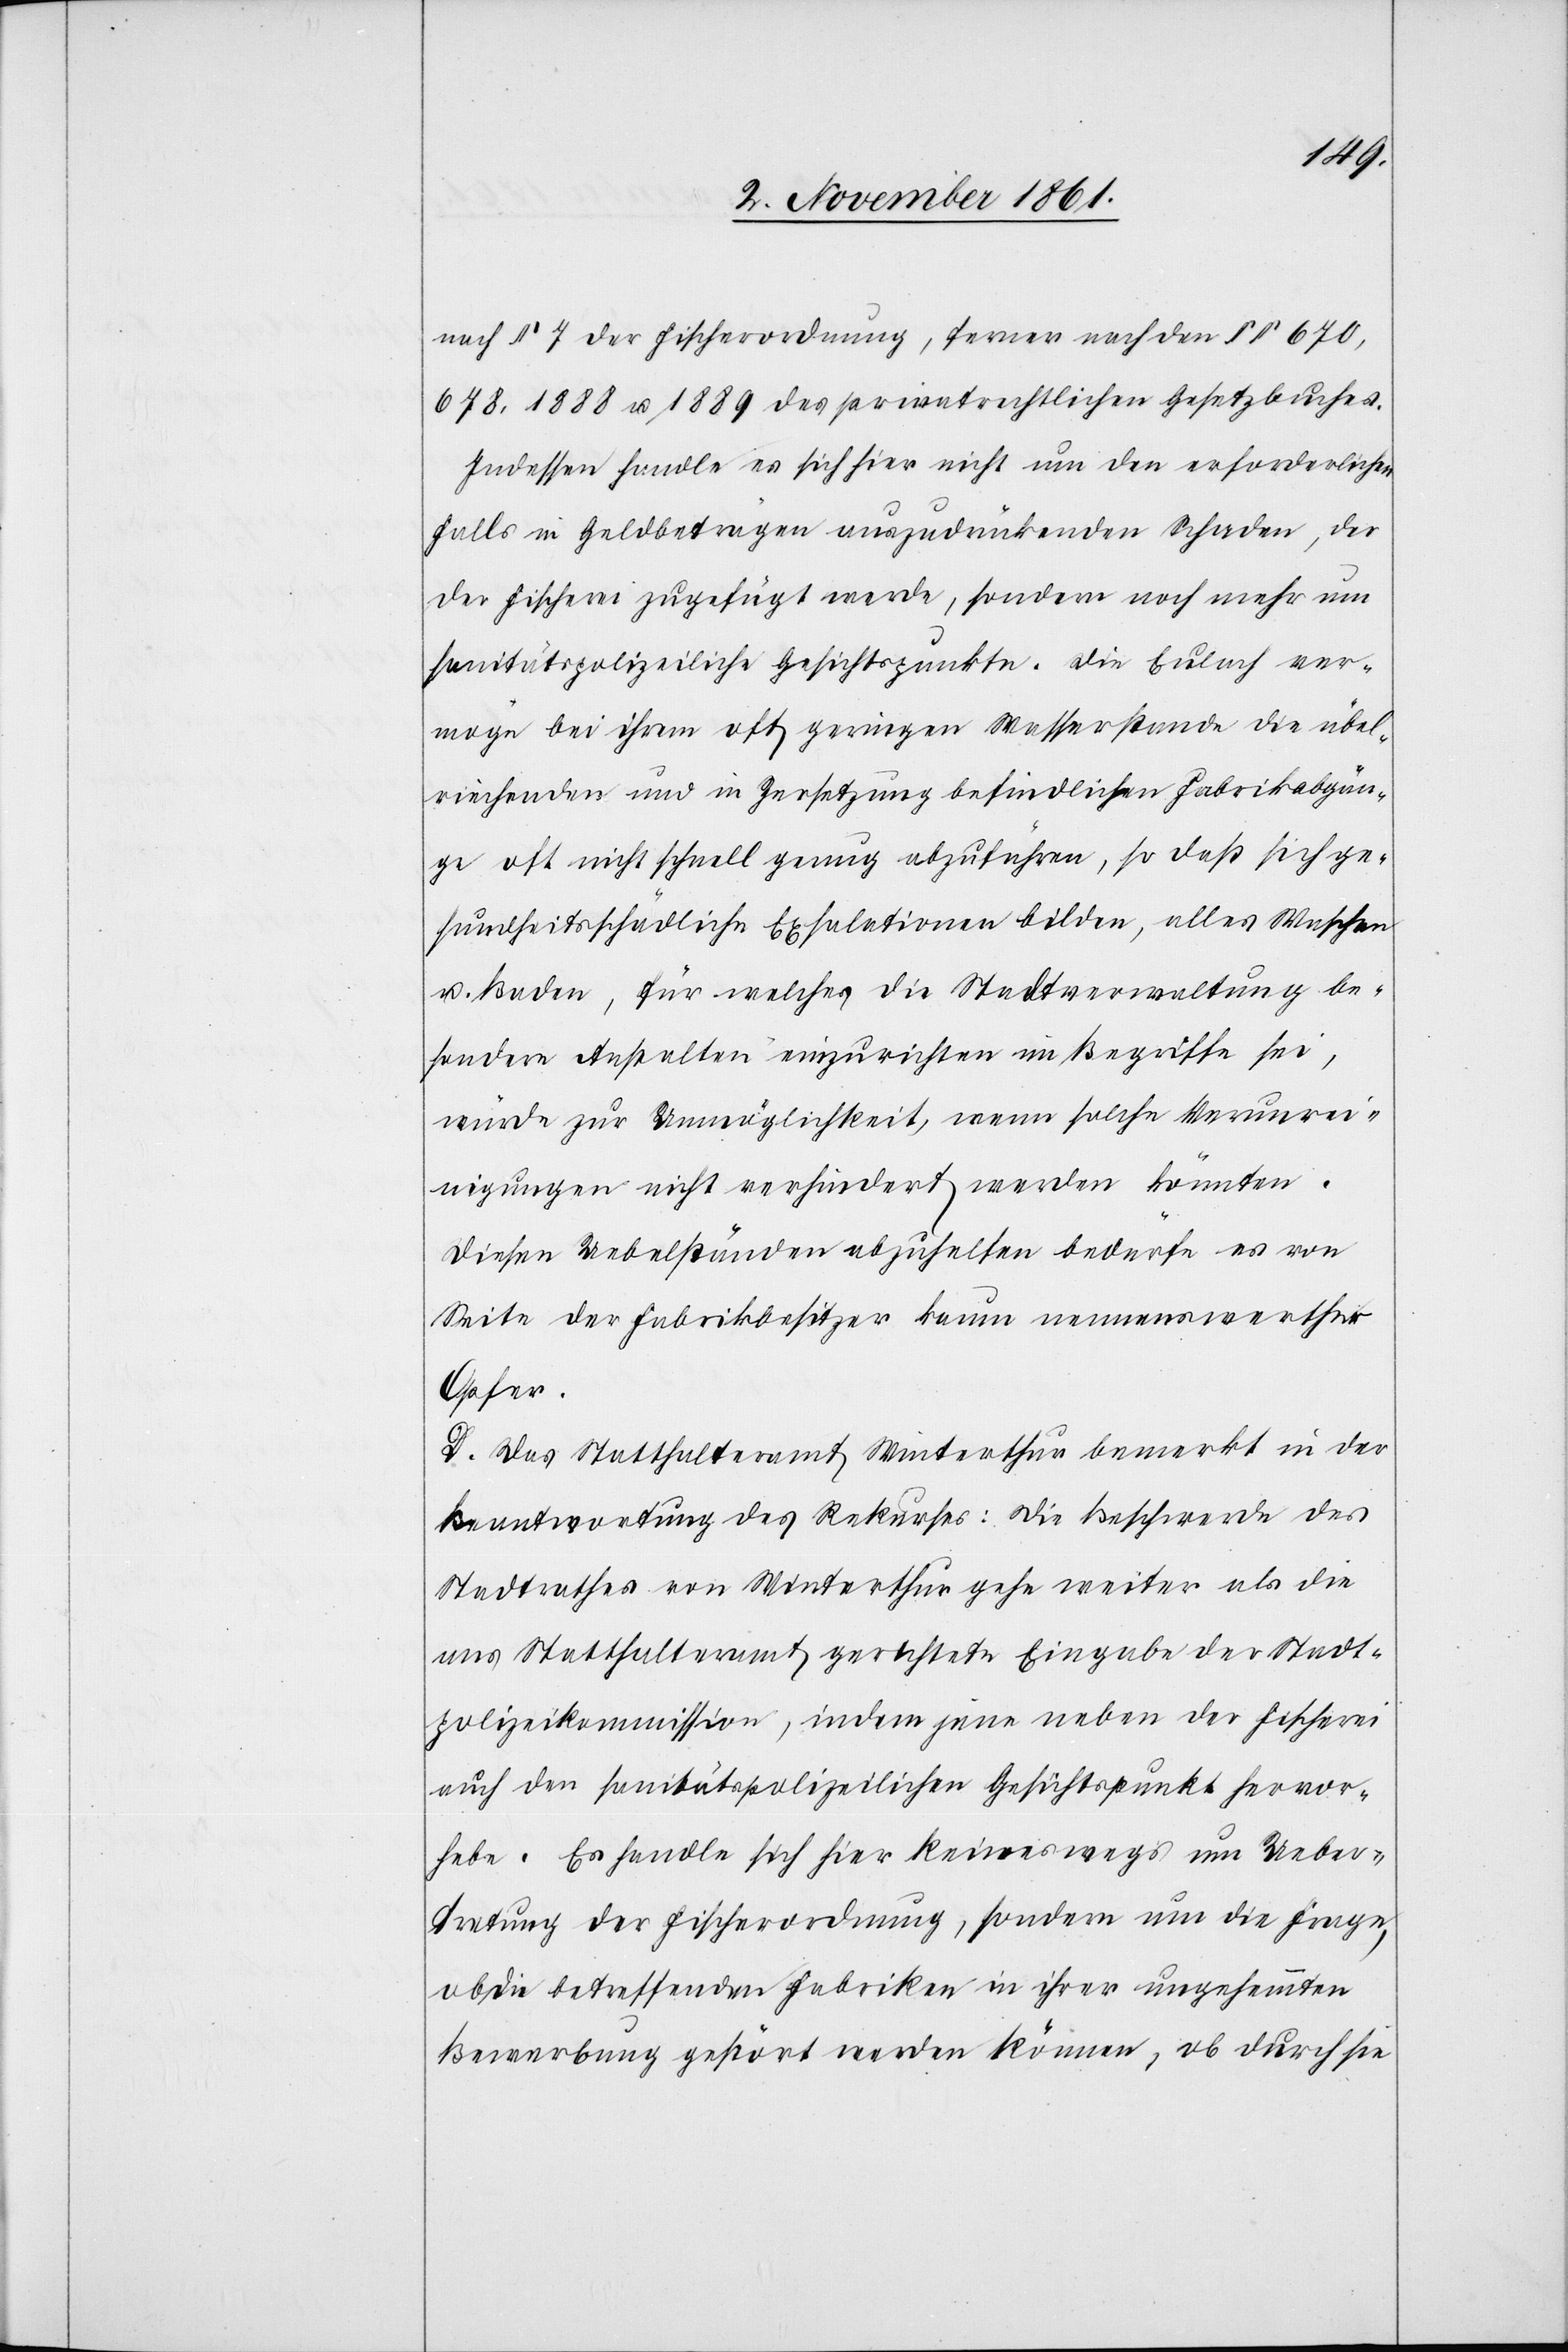
nach § 7 der Fischerordnung, ferner nach den §§ 670,
678, 1888 u. 1889 des privatrechtlichen Gesetzbuches.
Indessen handle es sich hier nicht um den erforderlichen¬
falls in Geldbeträgen auszudrückenden Schaden, der
der Fischerei zugefügt werde, sondern noch mehr um
sanitätspolizeiliche Gesichtspunkte. Die Eulach ver¬
möge bei ihrem oft geringen Wasserstande die übel¬
riechenden und in Zersetzung befindlichen Fabrikabgän¬
ge oft nicht schnell genug abzuführen, so daß sich ge¬
sundheitsschädliche Exhalationen bilden, alles Waschen
u. Baden, für welches die Stadtverwaltung be¬
sondere Anstalten einzurichten im Begriffe sei,
würde zur Unmöglichkeit, wenn solche Verunrei¬
nigungen nicht verhindert werden könnten.
Diesen Uebelständen abzuhelfen bedürfe es von
Seite der Fabrikbesitzer kaum nennenswerther
Opfer.
D. Das Statthalteramt Winterthur bemerkt in der
Beantwortung des Rekurses: Die Beschwerde des
Stadtrathes von Winterthur gehe weiter als die
ans Statthalteramt gerichtete Eingabe der Stadt¬
polizeikommission, indem jene neben der Fischerei
auch den sanitätspolizeilichen Gesichtspunkte hervor¬
hebe. Es handle sich hier keineswegs um Ueber¬
tretung der Fischerordnung, sondern um die Frage,
ob die betreffenden Fabriken in ihrer ungehemmten
Bewerbung gestört werden können, ob durch sie